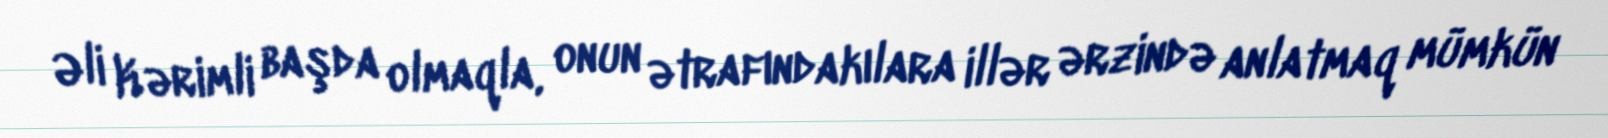
Əli Kərimli başda olmaqla, onun ətrafındakılara illər ərzində anlatmaq mümkün